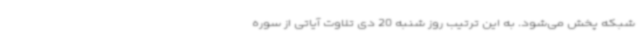
شبکه پخش می‌شود. به این ترتیب روز شنبه 20 دی تلاوت آیاتی از سوره